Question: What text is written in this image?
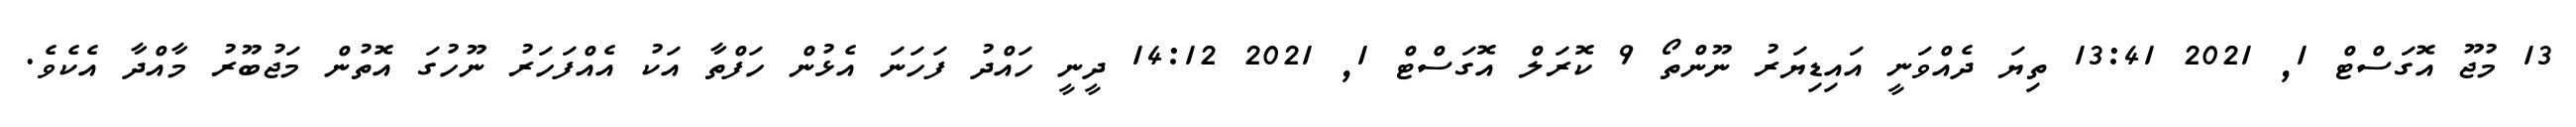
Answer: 13 މުޖޫ އޮގަސްޓް 1, 2021 13:41 ތިޔަ ދެއްވަނީ އައިޑިޔަރު ނޫންތޯ 9 ކޮރަލް އޮގަސްޓް 1, 2021 14:12 ދީނީ ހައްދު ފަހަނަ އެޅުން ހަފްތާ އަކު އެއްފަހަރު ނޫހުގަ އޮތުން މަޖުބޫރު މާއްދާ އެކެވެ.